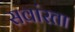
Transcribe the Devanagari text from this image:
सवांरता